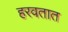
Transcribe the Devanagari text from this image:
हरवतात